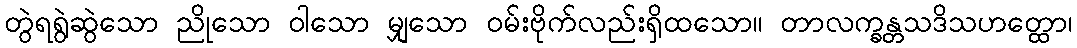
တွဲရရွဲဆွဲသော ညိုသော ဝါသော မျှသော ဝမ်းဗိုက်လည်းရှိထသော။ တာလက္ခန္တသဒိသဟတ္ထော၊